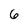
Character: 6